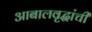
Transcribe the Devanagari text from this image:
आबालवृद्धांची